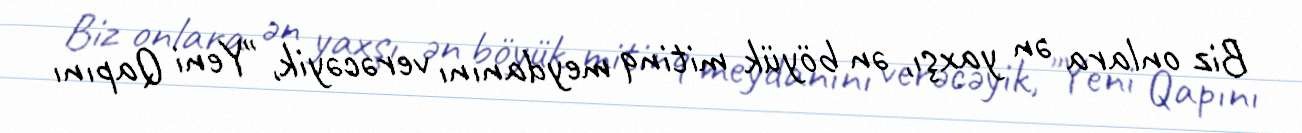
Biz onlara ən yaxşı, ən böyük mitinq meydanını verəcəyik, "Yeni Qapını